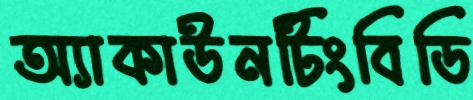
অ্যাকাউনটিংবিডি